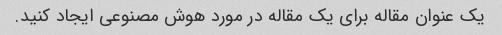
یک عنوان مقاله برای یک مقاله در مورد هوش مصنوعی ایجاد کنید.